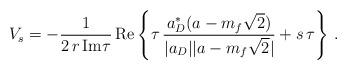
LaTeX: \begin{align*}V_s=-\frac{1}{2\,r\,{\rm Im}\tau}\,{\rm Re}\left\{\tau\,\frac{ a_D^*(a-m_f\sqrt{2})}{|a_D||a-m_f\sqrt{2}|}+s\,\tau\right\}\,.\end{align*}